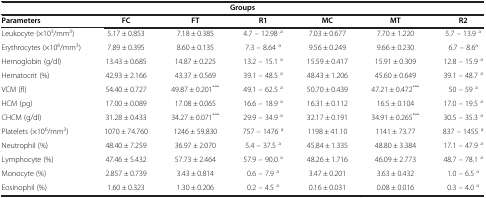
<table><thead><tr><td colspan="7"><b>Groups</b></td></tr><tr><td><b>Parameters</b></td><td><b>FC</b></td><td><b>FT</b></td><td><b>R1</b></td><td><b>MC</b></td><td><b>MT</b></td><td><b>R2</b></td></tr></thead><tbody><tr><td>Leukocyte (×10<sup>3</sup>/mm<sup>3</sup>)</td><td>5.17 ± 0.853</td><td>7.18 ± 0.385</td><td>4.7 – 12.98 <sup>a</sup></td><td>7.03 ± 0.677</td><td>7.70 ± 1.220</td><td>5.7 – 13.9 <sup>a</sup></td></tr><tr><td>Erythrocytes (×10<sup>6</sup>/mm<sup>3</sup>)</td><td>7.89 ± 0.395</td><td>8.60 ± 0.135</td><td>7.3 – 8.64 <sup>a</sup></td><td>9.56 ± 0.249</td><td>9.66 ± 0.230</td><td>6.7 – 8.6<sup>a</sup></td></tr><tr><td>Hemoglobin (g/dl)</td><td>13.43 ± 0.685</td><td>14.87 ± 0.225</td><td>13.2 – 15.1 <sup>a</sup></td><td>15.59 ± 0.417</td><td>15.91 ± 0.309</td><td>12.8 – 15.9 <sup>a</sup></td></tr><tr><td>Hematocrit (%)</td><td>42.93 ± 2.166</td><td>43.37 ± 0.569</td><td>39.1 – 48.5 <sup>a</sup></td><td>48.43 ± 1.206</td><td>45.60 ± 0.649</td><td>39.1 – 48.7 <sup>a</sup></td></tr><tr><td>VCM (fl)</td><td>54.40 ± 0.727</td><td>49.87 ± 0.201<sup>***</sup></td><td>49.1 – 62.5 <sup>a</sup></td><td>50.70 ± 0.439</td><td>47.21 ± 0.472<sup>***</sup></td><td>50 – 59 <sup>a</sup></td></tr><tr><td>HCM (pg)</td><td>17.00 ± 0.089</td><td>17.08 ± 0.065</td><td>16.6 – 18.9 <sup>a</sup></td><td>16.31 ± 0.112</td><td>16.5 ± 0.104</td><td>17.0 – 19.5 <sup>a</sup></td></tr><tr><td>CHCM (g/dl)</td><td>31.28 ± 0.433</td><td>34.27 ± 0.071<sup>***</sup></td><td>29.9 – 34.9 <sup>a</sup></td><td>32.17 ± 0.191</td><td>34.91 ± 0.265<sup>***</sup></td><td>30.5 – 35.3 <sup>a</sup></td></tr><tr><td>Platelets (×10<sup>6</sup>/mm<sup>3</sup>)</td><td>1070 ± 74.760</td><td>1246 ± 59.830</td><td>757 – 1476 <sup>a</sup></td><td>1198 ± 41.10</td><td>1141 ± 73.77</td><td>837 – 1455 <sup>a</sup></td></tr><tr><td>Neutrophil (%)</td><td>48.40 ± 7.259</td><td>36.97 ± 2.070</td><td>5.4 – 37.5 <sup>a</sup></td><td>45.84 ± 1.335</td><td>48.80 ± 3.384</td><td>17.1 – 47.9 <sup>a</sup></td></tr><tr><td>Lymphocyte (%)</td><td>47.46 ± 5.432</td><td>57.73 ± 2.464</td><td>57.9 – 90.0 <sup>a</sup></td><td>48.26 ± 1.716</td><td>46.09 ± 2.773</td><td>48.7 – 78.1 <sup>a</sup></td></tr><tr><td>Monocyte (%)</td><td>2.857 ± 0.739</td><td>3.43 ± 0.814</td><td>0.6 – 7.9 <sup>a</sup></td><td>3.47 ± 0.201</td><td>3.63 ± 0.432</td><td>1.0 – 6.5 <sup>a</sup></td></tr><tr><td>Eosinophil (%)</td><td>1.60 ± 0.323</td><td>1.30 ± 0.206</td><td>0.2 – 4.5 <sup>a</sup></td><td>0.16 ± 0.031</td><td>0.08 ± 0.016</td><td>0.3 – 4.0 <sup>a</sup></td></tr></tbody></table>